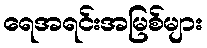
ရေအရင်းအမြစ်များ